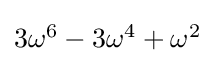
{\textstyle 3\omega ^{6}-3\omega ^{4}+\omega ^{2}}